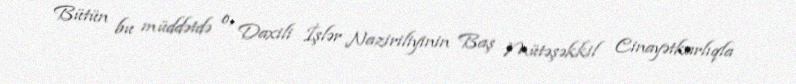
Bütün bu müddətdə o, Daxili İşlər Naziriliyinin Baş Mütəşəkkil Cinayətkarlıqla